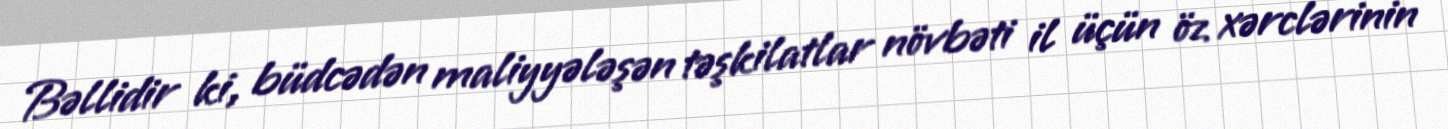
Bəllidir ki, büdcədən maliyyələşən təşkilatlar növbəti il üçün öz xərclərinin